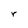
Character: r